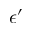
\epsilon ^ { \prime }